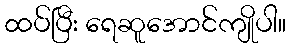
ထပ်ပြီး ရေဆူအောင်ကျိုပါ။